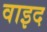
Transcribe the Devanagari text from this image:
वाइद